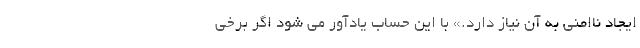
ایجاد نا‌امنی به آن نیاز دارد.» با این حساب یادآور می شود اگر برخی